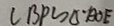
C B P \sim \Delta B O E